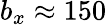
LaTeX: b_{x}\approx 150